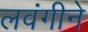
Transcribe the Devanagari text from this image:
लवंगीने